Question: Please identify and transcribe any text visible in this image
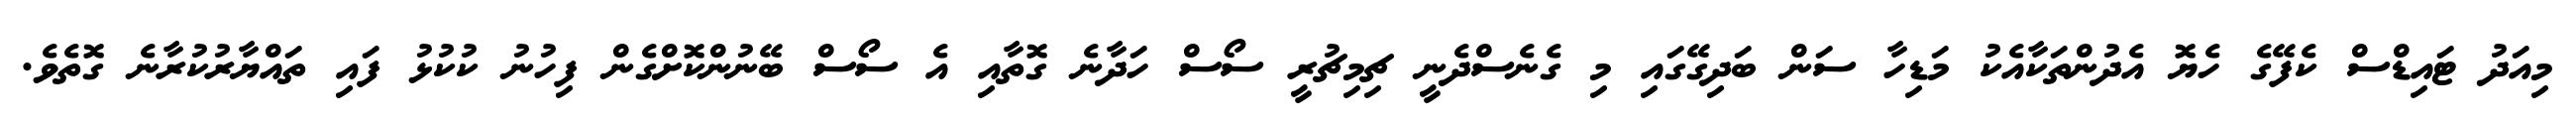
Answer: މިއަދު ޓައިޑްސް ކެފޭގެ ހެޔޮ އެދުންތަކާއެކު މަޑިހާ ސަން ބަދިގޭގައި މި ގެނެސްދެނީ ޗިމިޗުރީ ސޯސް ހަދާނެ ގޮތާއި އެ ސޯސް ބޭނުންކޮށްގެން ފިހުނު ކުކުޅު ފައި ތައްޔާރުކުރާނެ ގޮތެވެ.